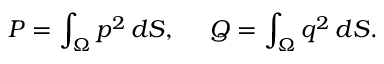
P = \int _ { \Omega } p ^ { 2 } \, d S , ~ ~ ~ ~ Q = \int _ { \Omega } q ^ { 2 } \, d S .